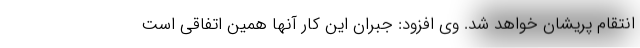
انتقام پریشان خواهد شد. وی افزود: جبران این کار آنها همین اتفاقی است